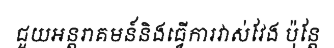
ជួយអន្តរាគមន៍និងធ្វើការវាស់វែង ប៉ុន្តែ